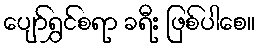
ပျော်ရွှင်စရာ ခရီး ဖြစ်ပါစေ။